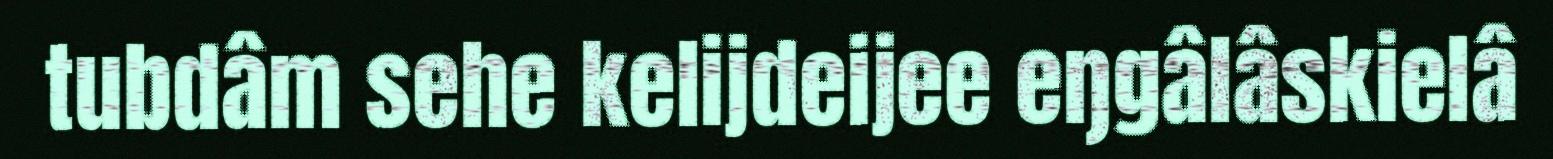
tubdâm sehe kelijdeijee eŋgâlâskielâ